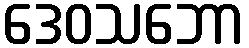
ဒေဝသဘော